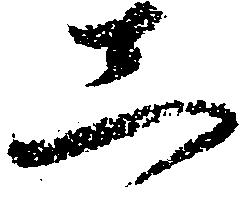
し